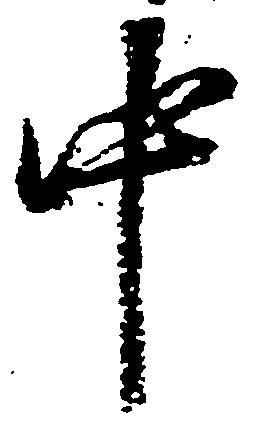
中